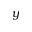
y